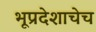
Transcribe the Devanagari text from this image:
भूप्रदेशाचेच